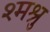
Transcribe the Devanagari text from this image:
श्मश्रु